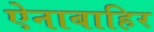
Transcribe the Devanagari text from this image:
ऐनाबाहिर